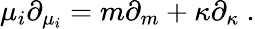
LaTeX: \mu_{i}\partial_{\mu_{i}}=m\partial_{m}+\kappa\partial_{\kappa}\ .